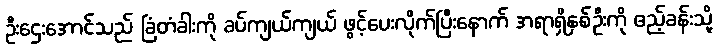
ဦးဌေးအောင်သည် ခြံတံခါးကို ခပ်ကျယ်ကျယ် ဖွင့်ပေးလိုက်ပြီးနောက် အရာရှိနှစ်ဦးကို ဧည့်ခန်းသို့